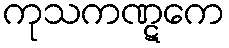
ကုသကဏ္ဋကေ